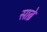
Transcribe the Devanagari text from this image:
साब्रे